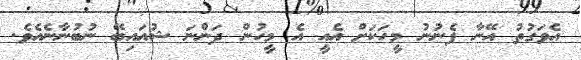
އެވަގުތު އޭނާ ފެނުނު މީހަކަށް އެއީ އެ މީހުން ދަންނަ ޝުއައިބޭ ނުބުނާނެއެވެ.